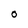
Character: O